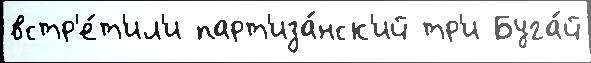
встр'е́т'ил'и парт'иза́нск'ий тр'и Буга́й